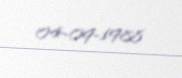
04-09-1988